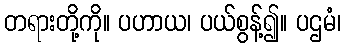
တရားတို့ကို။ ပဟာယ၊ ပယ်စွန့်၍။ ပဌမံ၊